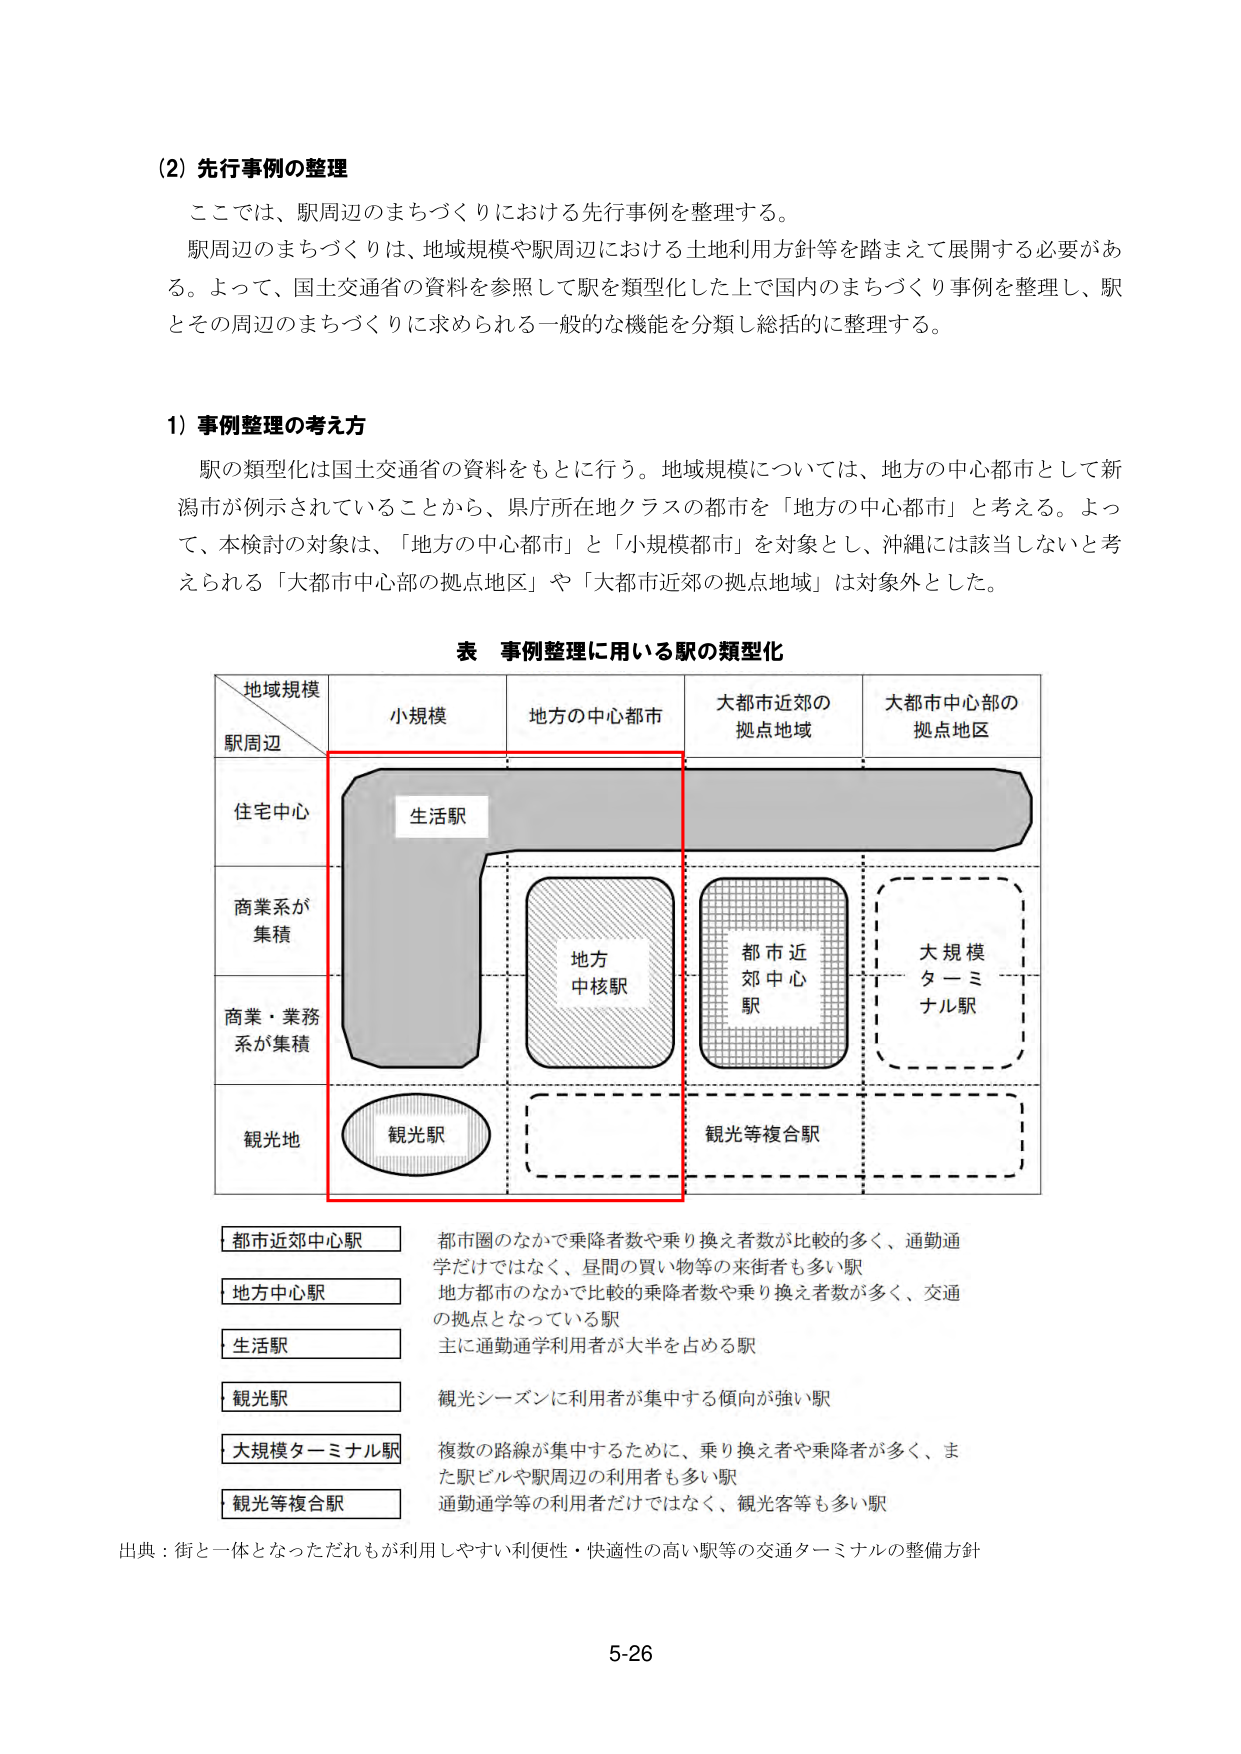
(2) 先行事例の整理
ここでは、駅周辺のまちづくりにおける先行事例を整理する。
駅周辺のまちづくりは、地域規模や駅周辺における土地利用方針等を踏まえて展開する必要がある。よって、国土交通省の資料を参照して駅を類型化した上で国内のまちづくり事例を整理し、駅とその周辺のまちづくりに求められる一般的な機能を分類し総括的に整理する。

1) 事例整理の考え方
駅の類型化は国土交通省の資料をもとに行う。地域規模については、地方の中心都市として新潟市が例示されていることから、県庁所在地クラスの都市を「地方の中心都市」と考える。よって、本検討の対象は、「地方の中心都市」と「小規模都市」を対象とし、沖縄には該当しないと考えられる「大都市中心部の拠点地区」や「大都市近郊の拠点地域」は対象外とした。

表 事例整理に用いる駅の類型化
地域規模
駅周辺
小規模
地方の中心都市
大都市近郊の拠点地域
大都市中心部の拠点地区
住宅中心
生活駅
商業系が集積
地方中核駅
都市近郊中心駅
大規模ターミナル駅
商業・業務系が集積
観光地
観光駅
観光等複合駅

都市近郊中心駅
都市圏のなかで乗降者数や乗り換え者数が比較的多く、通勤通学だけではなく、昼間の買い物等の来街者も多い駅
地方中心駅
地方都市のなかで比較的乗降者数や乗り換え者数が多く、交通の拠点となっている駅
生活駅
主に通勤通学利用者が大半を占める駅
観光駅
観光シーズンに利用者が集中する傾向が強い駅
大規模ターミナル駅
複数の路線が集中するために、乗り換え者や乗降者が多く、また駅ビルや駅周辺の利用者も多い駅
観光等複合駅
通勤通学等の利用者だけではなく、観光客等も多い駅

出典：街と一体となっただれもが利用しやすい利便性・快適性の高い駅等の交通ターミナルの整備方針
5-26